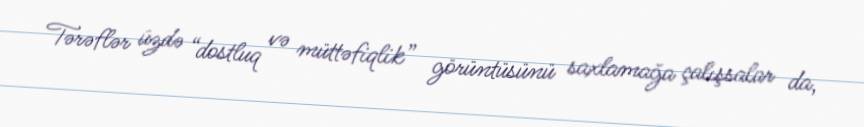
Tərəflər üzdə “dostluq və müttəfiqlik” görüntüsünü saxlamağa çalışsalar da,